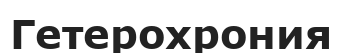
Гетерохрония